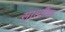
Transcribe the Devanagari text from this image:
सात्वीक